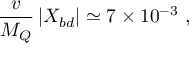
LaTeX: \frac { v } { M _ { Q } } \left\vert X _ { b d } \right\vert \simeq 7 \times 1 0 ^ { - 3 } \ ,